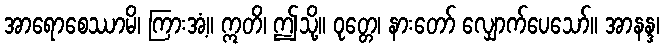
အာရောစေဿာမိ၊ ကြားအံ့။ ဣတိ၊ ဤသို့။ ဝုတ္တေ၊ နားတော် လျှောက်ပေသော်။ အာနန္ဒ၊